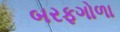
બરફગોળા